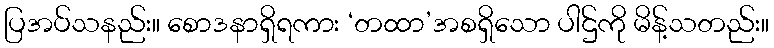
ပြအပ်သနည်း။ စောဒနာရှိရကား ‘တထာ’အစရှိသော ပါဌ်ကို မိန့်သတည်း။